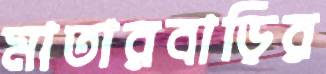
মাতারবাড়ির